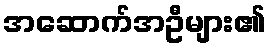
အဆောက်အဦများ၏